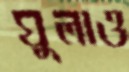
ঘুলাও